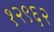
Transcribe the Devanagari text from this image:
१२९६२